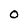
Character: O